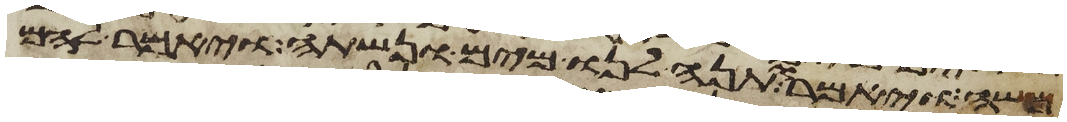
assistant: משה ויאמר תנה לנו מים ונשתה ויאמר להם